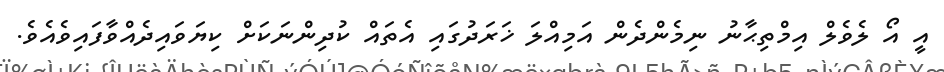
އީ އޯ ލެވެލް އިމްތިޙާނު ނިމެންދެން އަމިއްލަ ޚަރަދުގައި އެތައް ކުދިންނަކަށް ކިޔަވައިދެއްވާފައިވެއެވެ.